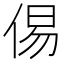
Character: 㑥